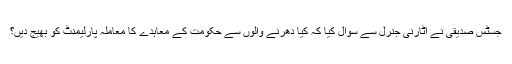
جسٹس صدیقی نے اٹارنی جنرل سے سوال کیا کہ کیا دھرنے والوں سے حکومت کے معاہدے کا معاملہ پارلیمنٹ کو بھیج دیں؟